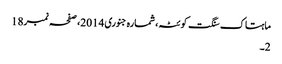
ماہتاک سنگت کوئٹہ، شمارہ جنوری 2014، صفحہ نمبر18
2۔